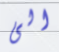
الى